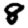
Digit: 8